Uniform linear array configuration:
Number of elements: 24
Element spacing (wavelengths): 0.5
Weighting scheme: hann
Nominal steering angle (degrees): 45
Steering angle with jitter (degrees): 45.474
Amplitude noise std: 0.05
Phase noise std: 0.05

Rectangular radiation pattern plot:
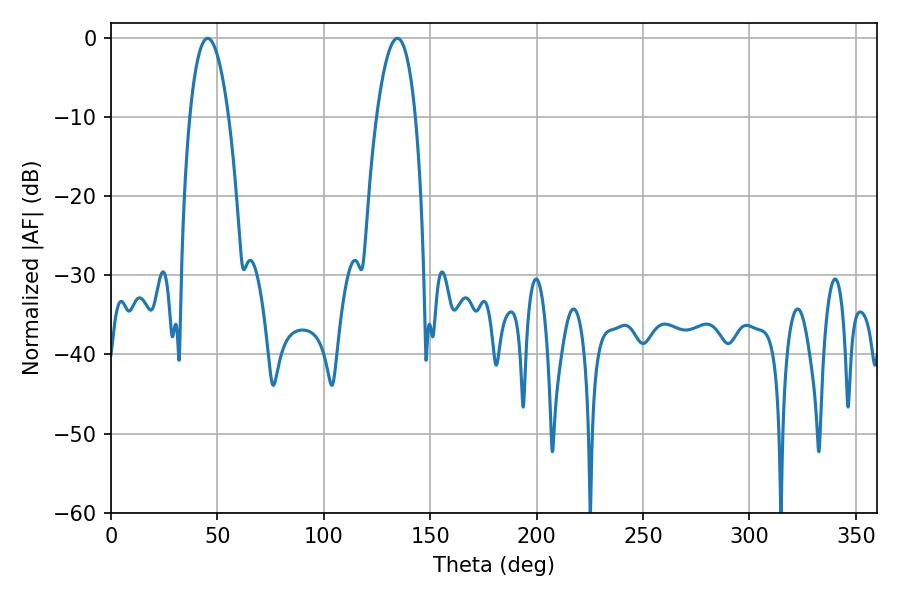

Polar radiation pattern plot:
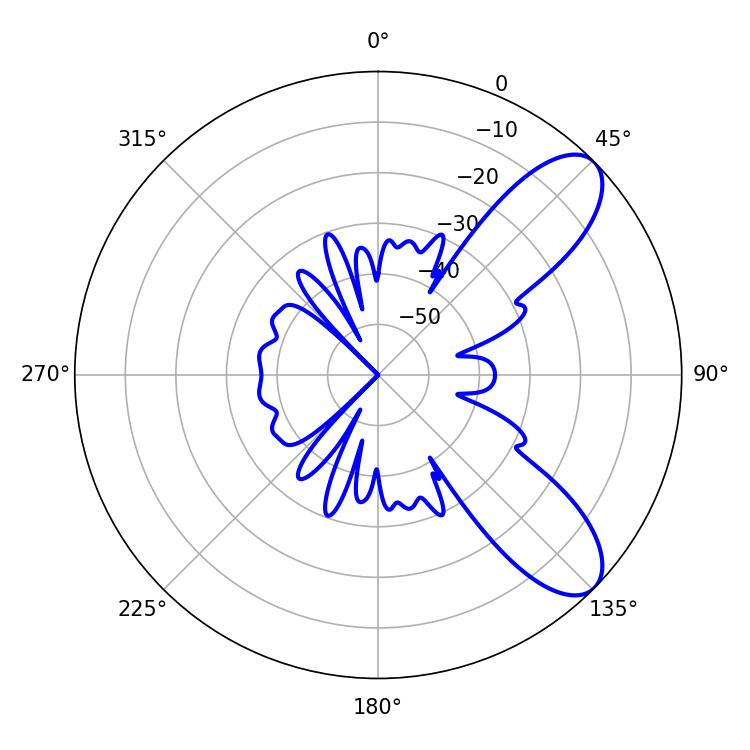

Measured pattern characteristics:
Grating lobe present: FALSE
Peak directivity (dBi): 8.684
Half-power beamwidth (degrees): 10.26
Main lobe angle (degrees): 45.36